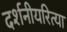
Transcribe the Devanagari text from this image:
दर्शनीयरित्या